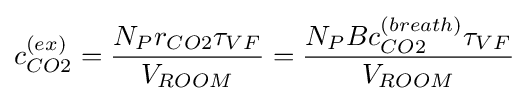
c_{CO2}^{(ex)}={\frac {N_{P}r_{CO2}\tau _{VF}}{V_{ROOM}}}={\frac {N_{P}Bc_{CO2}^{(breath)}\tau _{VF}}{V_{ROOM}}}